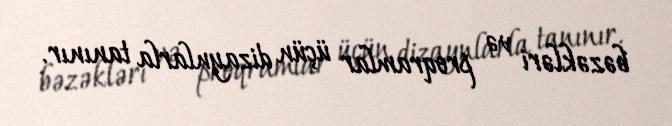
bəzəkləri və proqramlar üçün dizaynlarla tanınır.